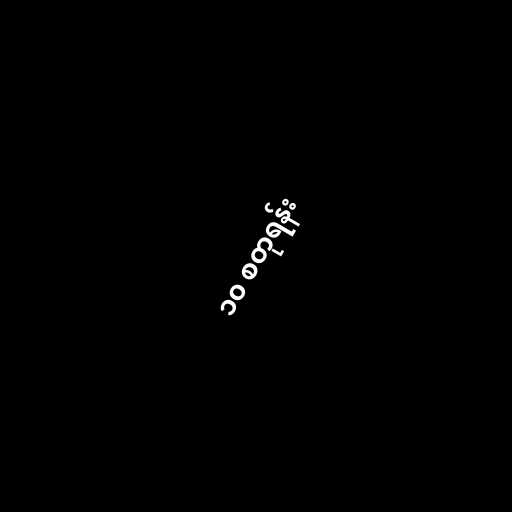
၁၀ စတုရန်း